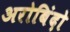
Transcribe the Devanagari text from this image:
अरोबिंदो